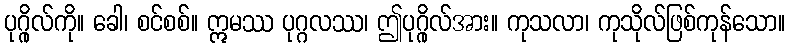
ပုဂ္ဂိုလ်ကို။ ခေါ၊ စင်စစ်။ ဣမဿ ပုဂ္ဂလဿ၊ ဤပုဂ္ဂိုလ်အား။ ကုသလာ၊ ကုသိုလ်ဖြစ်ကုန်သော။